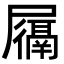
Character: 𫵩